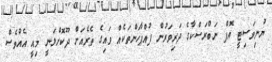
ޔުނިވަސިޓީ އޮފް ނަބްރަސްކާގެ ދަރިވަރުން ފުއްޕާހަންތަކެއް ވައިގެ ތެރެއަށް ދޫކޮށްލަނީ މިއީ އެއްވެސް